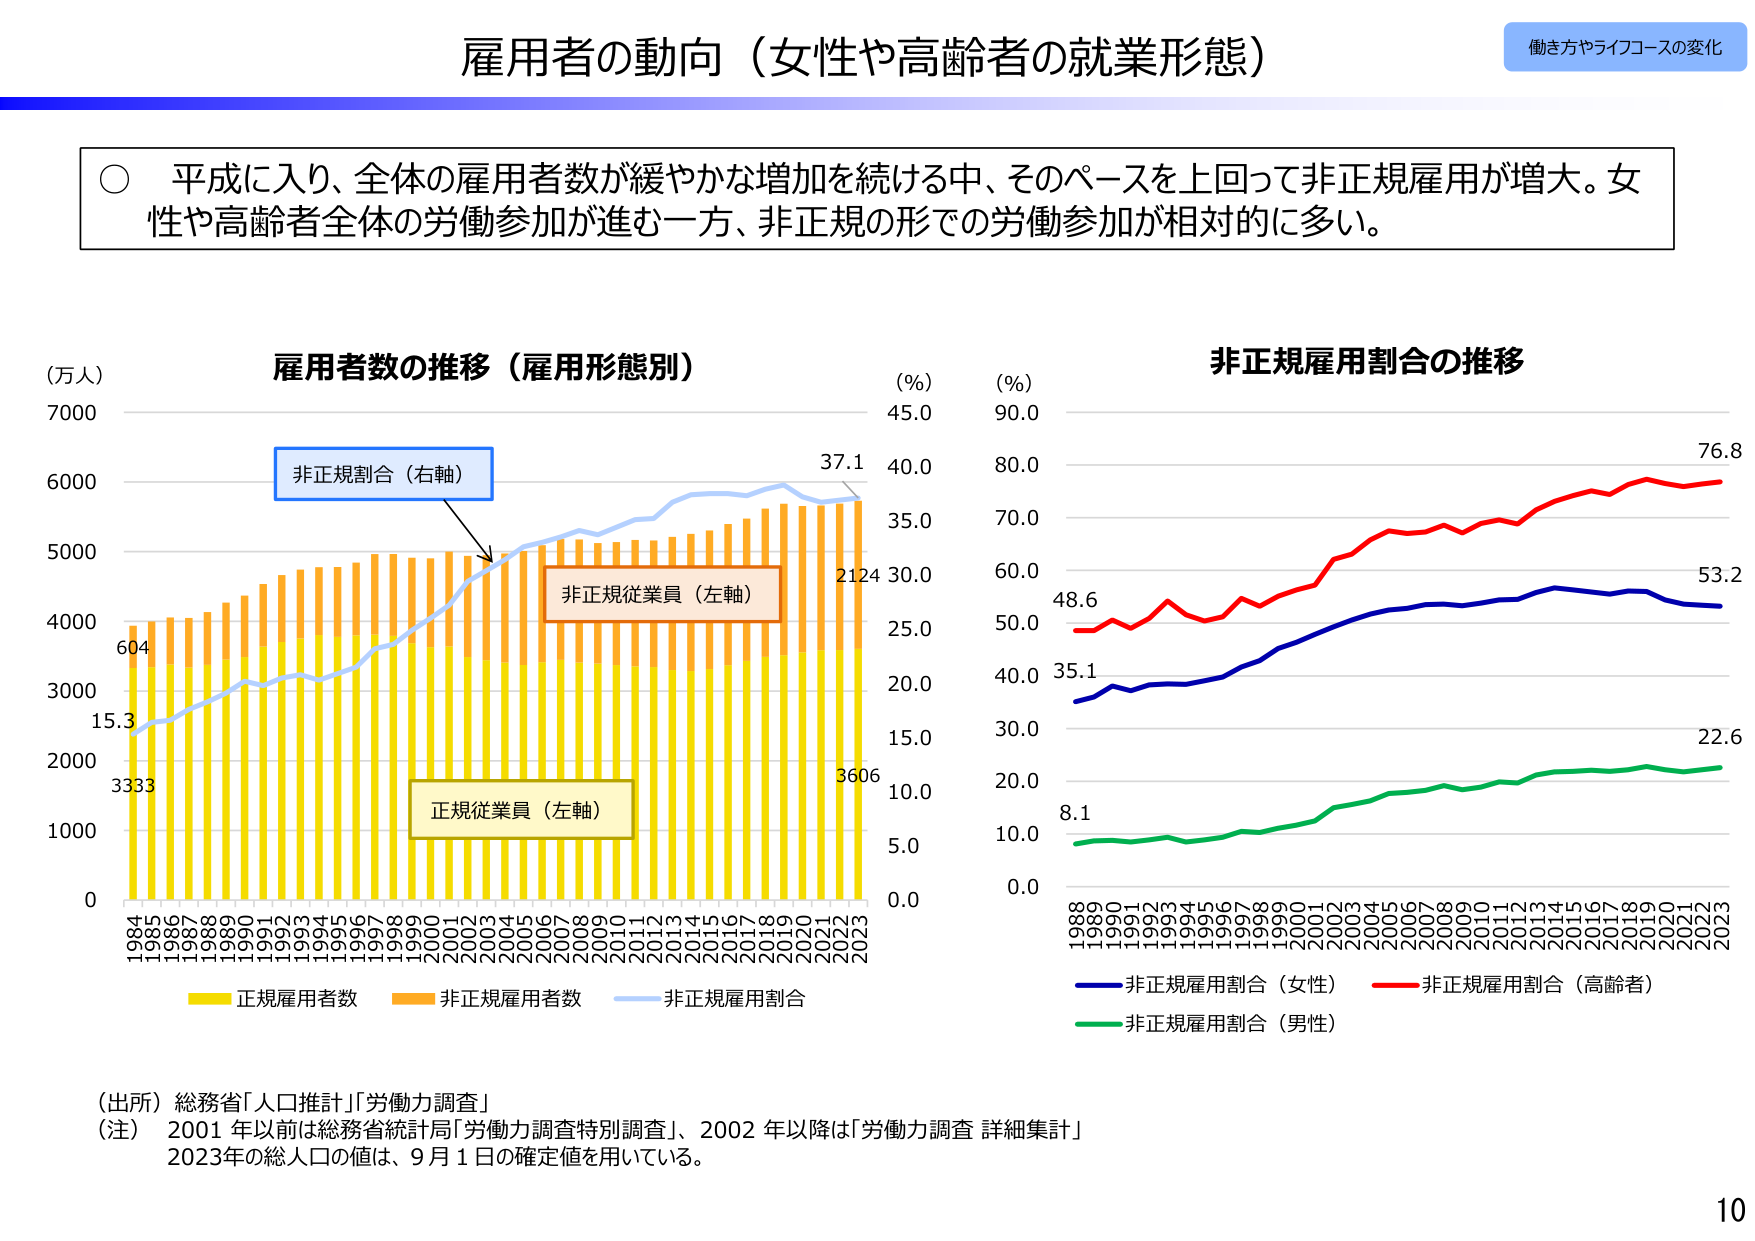
雇用者の動向（女性や高齢者の就業形態）

働き方やライフコースの変化

○ 平成に入り、全体の雇用者数が緩やかな増加を続ける中、そのペースを上回って非正規雇用が増大。女性や高齢者全体の労働参加が進む一方、非正規の形での労働参加が相対的に多い。

（万人）
雇用者数の推移（雇用形態別）
非正規割合（右軸）
非正規従業員（左軸）
正規従業員（左軸）
37.1
2124
3606
604
15.3
3333
0
1000
2000
3000
4000
5000
6000
7000
1984
1985
1986
1987
1988
1989
1990
1991
1992
1993
1994
1995
1996
1997
1998
1999
2000
2001
2002
2003
2004
2005
2006
2007
2008
2009
2010
2011
2012
2013
2014
2015
2016
2017
2018
2019
2020
2021
2022
2023
0.0
5.0
10.0
15.0
20.0
25.0
30.0
35.0
40.0
45.0
（%）
正規雇用者数
非正規雇用者数
非正規雇用割合

（%）
非正規雇用割合の推移
76.8
53.2
22.6
48.6
35.1
8.1
0.0
10.0
20.0
30.0
40.0
50.0
60.0
70.0
80.0
90.0
1988
1989
1990
1991
1992
1993
1994
1995
1996
1997
1998
1999
2000
2001
2002
2003
2004
2005
2006
2007
2008
2009
2010
2011
2012
2013
2014
2015
2016
2017
2018
2019
2020
2021
2022
2023
非正規雇用割合（女性）
非正規雇用割合（高齢者）
非正規雇用割合（男性）

（出所）総務省「人口推計」「労働力調査」
（注） 2001 年以前は総務省統計局「労働力調査特別調査」、2002 年以降は「労働力調査 詳細集計」
2023年の総人口の値は、9月1日の確定値を用いている。

10